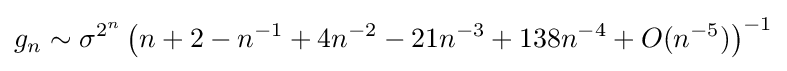
g_{n}\sim {\sigma ^{2^{n}}}\left(n+2-n^{-1}+4n^{-2}-21n^{-3}+138n^{-4}+O(n^{-5})\right)^{-1}